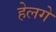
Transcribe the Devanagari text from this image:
हेलगे